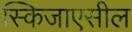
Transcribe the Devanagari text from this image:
स्किजाएसील